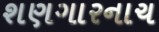
શણગારનાચ